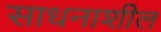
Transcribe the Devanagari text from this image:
साधनाशील